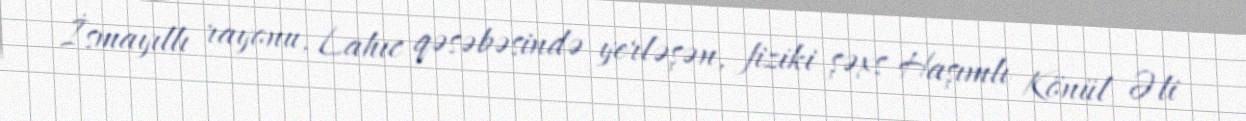
İsmayıllı rayonu, Lahıc qəsəbəsində yerləşən, fiziki şəxs Haşımlı Könül Əli